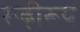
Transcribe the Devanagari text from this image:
रूढ़ीरूप